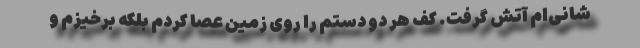
شانی‌ام آتش گرفت. کف هر دو دستم را روی زمین عصا کردم بلکه برخیزم و